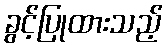
ခွင့်ပြုထားသည့်